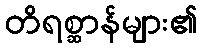
တိရစ္ဆာန်များ၏